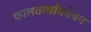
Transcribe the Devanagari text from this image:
कालतत्वविवेचन